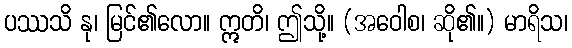
ပဿသိ နု၊ မြင်၏လော။ ဣတိ၊ ဤသို့။ (အဝေါစ၊ ဆို၏။) မာရိသ၊